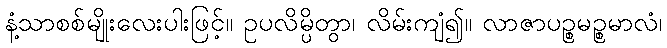
နံ့သာစစ်မျိုးလေးပါးဖြင့်။ ဥပလိမ္ပိတွာ၊ လိမ်းကျံ၍။ လာဇာပဉ္စမဉ္စမာလံ၊